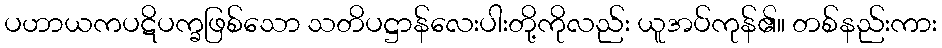
ပဟာယကပဋိပက္ခဖြစ်သော သတိပဋ္ဌာန်လေးပါးတို့ကိုလည်း ယူအပ်ကုန်၏။ တစ်နည်းကား